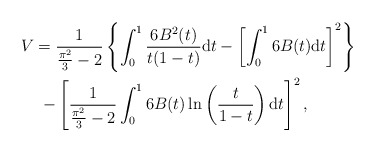
\begin{align*}V &=\frac{1}{\frac{\pi^2}{3}-2}\left\{ \int_0^1\frac{6 B^2(t) }{t(1-t)}\mathrm{d}t- \left[\int_0^1 6 B(t) \mathrm{d}t\right]^2\right\}\\&\ -\left[\frac{1}{\frac{\pi^2}{3}-2}\int_0^1 6 B(t) \ln \left(\frac{t}{1-t}\right)\mathrm{d}t\right]^2,\end{align*}